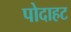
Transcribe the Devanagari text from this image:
पोदाहट